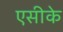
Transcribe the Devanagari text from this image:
एसीके